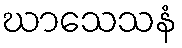
ဃာသေသနံ